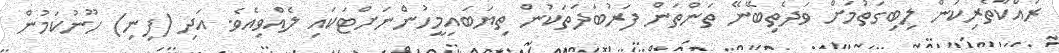
ރައްކާތެރިކަން ލިބިގަތުމަށް ވަދެތިބޭނޭ ތަންތަން ފަރުބަދަތަކުން ތިޔަބައިމީހުންނަށްޓަކައި ލެއްވިއެވެ. އަދި (ފިނި) ހޫނުކަމުން